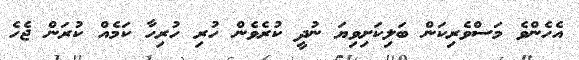
އެހެންވެ މަސްވެރިކަން ބަލިކަށިވިޔަ ނުދީ ކުރެވެން ހުރި ހުރިހާ ކަމެއް ކުރަން ޖެހެ